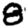
Digit: 8